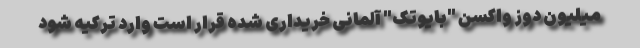
میلیون دوز واکسن "بایوتک" آلمانی خریداری شده قرار است وارد ترکیه شود